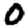
Digit: 0